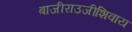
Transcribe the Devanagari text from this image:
बाजीराउजीशिवाय